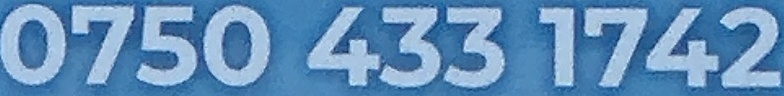
0750 433 1742